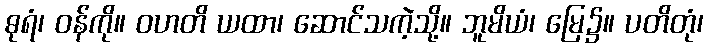
ဓုရံ၊ ဝန်ကို။ ဝဟတိ ယထာ၊ ဆောင်သကဲ့သို့။ ဘူမိယံ၊ မြေ၌။ ပတိတုံ၊